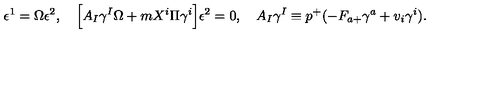
\epsilon ^ { 1 } = \Omega \epsilon ^ { 2 } , \quad \Big [ A _ { I } \gamma ^ { I } \Omega + m X ^ { i } \Pi \gamma ^ { i } \Big ] \epsilon ^ { 2 } = 0 , \quad A _ { I } \gamma ^ { I } \equiv p ^ { + } ( - F _ { a + } \gamma ^ { a } + v _ { i } \gamma ^ { i } ) .